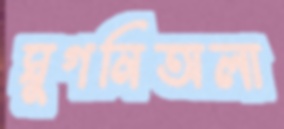
ঘুগনিঅলা